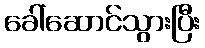
ခေါ်ဆောင်သွားပြီး